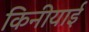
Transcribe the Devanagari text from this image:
किनीयाई